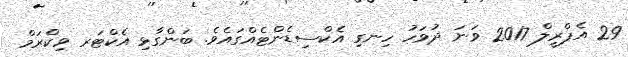
29 އެޕްރީލް 2017 ވަނަ ދުވަހު ހިނގި އެކްސިޑެންޓެއްގައެވެ. ބަންގާޅި އެކްޓަރ ވިކްރަމް